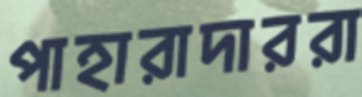
পাহারাদাররা